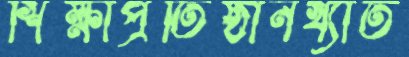
শিক্ষাপ্রতিষ্ঠানখ্যাত